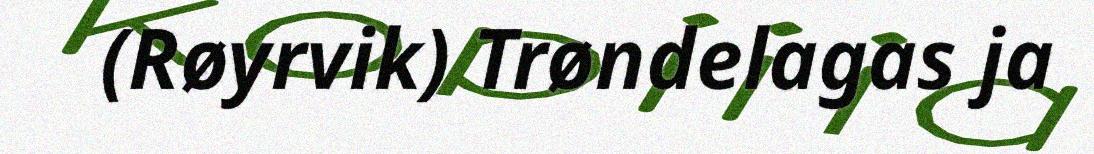
(Røyrvik) Trøndelagas ja